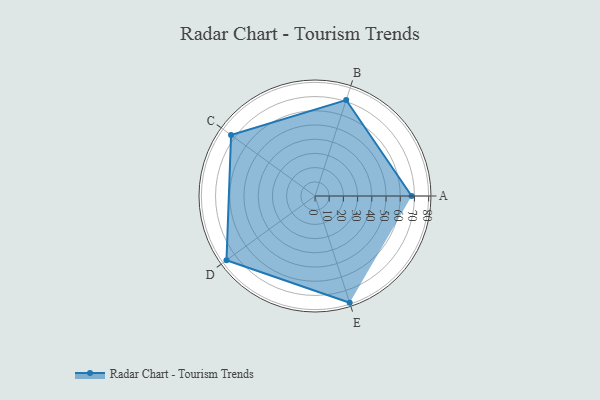
{"axis": {"x": "Skill", "y": "Score"}, "legend": ["Profile"], "data": [{"x": "A", "y": 68.0, "type": "Profile"}, {"x": "B", "y": 71.0, "type": "Profile"}, {"x": "C", "y": 73.0, "type": "Profile"}, {"x": "D", "y": 77.0, "type": "Profile"}, {"x": "E", "y": 79.0, "type": "Profile"}]}